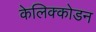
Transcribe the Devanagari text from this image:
केलिक्कोडन